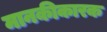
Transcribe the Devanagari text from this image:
मानकीकारक